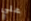
علي